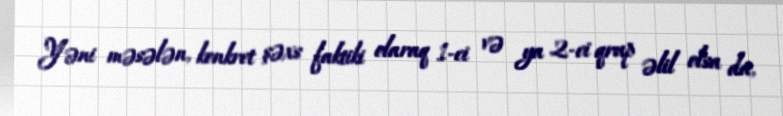
Yəni məsələn, konkret şəxs faktiki olaraq 1-ci və ya 2-ci qrup əlil olsa da,